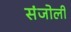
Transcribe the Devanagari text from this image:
संजोली